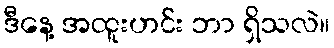
ဒီနေ့ အထူးဟင်း ဘာ ရှိသလဲ။